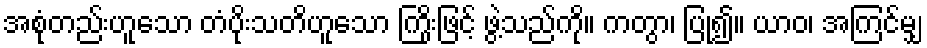
အစုံတည်းဟူသော တံပိုးသတိဟူသော ကြိုးဖြင့် ဖွဲ့သည်ကို။ ကတွာ၊ ပြု၍။ ယာဝ၊ အကြင်မျှ